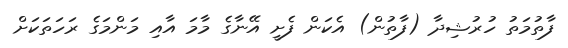
ފާތުމަތު ހުރުޝިދާ (ފާތުން) އެކަން ފެށީ އޭނާގެ މާމަ އާއި މަންމަގެ ރަހަތަކަށް